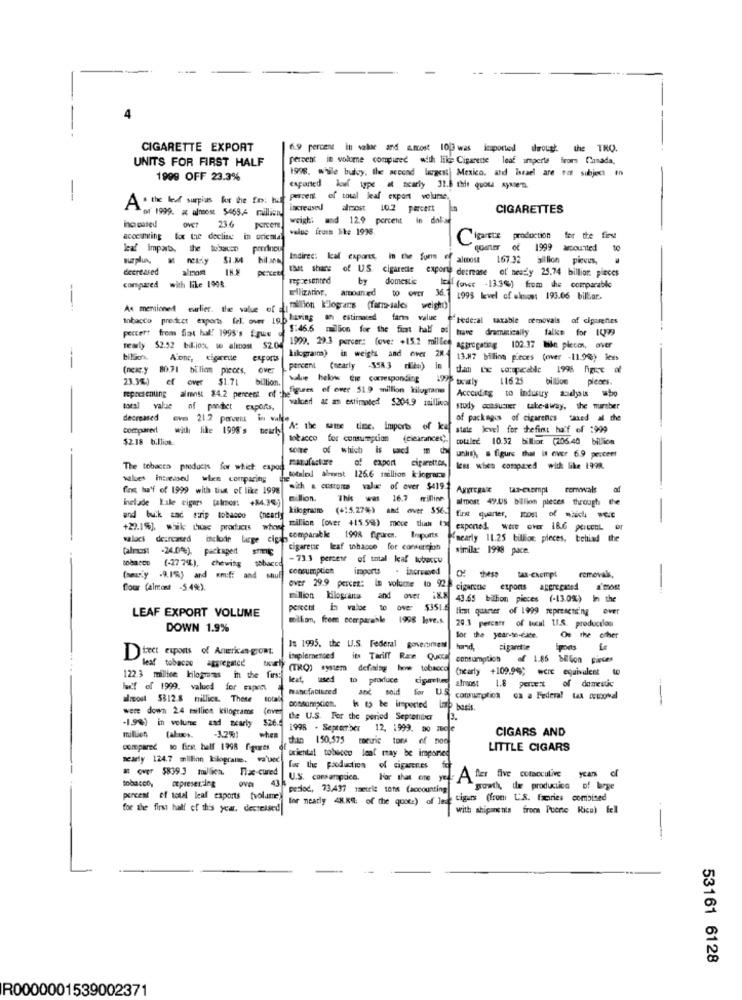
CIGARETTE EXPORT
6.9 percent in valor and amost 10[3 was imported drough. the TRO.
UNITS FOR FIRST HALF
percent in volume compared with like Cigarette leaf umperte from Canada,
1996. while bulvy, the second largest Mexico, and Israel are tat subject to
1999 OFF 23.3%
exported louf type at ncarly 32.6 thit quota nyNe'Ta.
A * the / surplus fy the fo: hu
percent of total leaf export volume,
of 1999. ax almost 5463.4 million
increased almost 10.2 percent
CIGARETTES
ho cased
weigh: and 12.9 percent in dolae
Over
236
percem.
value fruss like 1998.
acceitting fox the decling in oricala
Cigarets production for the first
Cigarete
for the first
leaf imparb, the tobacco prodinou
prodneu
quarter of 1999 amcounted
bil ing
Indirec: kcal exports, in the form of almost
167.32 billion picvus,
decreased
that share of US cigarette exporte decrease of neatly 25.74 billion pieces
represented
by
domestic
compared with like 1908.
ellizaring.
Ical (over -13.3%) from the comparable
36.7 1995 level of wknos: 193.66 billar.
----
As mentioned earlier. the value of - maillion E-logrars (farm-sales weight)
milion k'logrars (farm-sales
tobacco product exports fel. over 19.6 having
e estiranted farm value ofFederal taxable cemovals of cigarettes
percert frem flat hal! 1995's E.que
$:46.6 million for the first half mi
trave
dramatically
falke for 1499
realy
$2.52 bilionu, wo almost $200 1999. 29.3 percer: love: +15.2 millice astrogating 102.37 Bin plecos, over
Alone, cigarette exports
kilogram) in weight and over 28- 13.87 billion pieces (over -11.9%;) less
---
(next y 80.71 billion pieces, over
percent (nearly $58 3 dieu)
in
than the co:operable 1996 figure of
ef over $1.71
billion.
value below the corresponding
199 weily
116.25
billion pieces.
represenung almost 84.2 percent of che guen of ever 51.9 million kilograms
valoer at an estimated $204.9 maillive
According to Industry sodass who
total value of predict exports,
study consusier take-away, the wureber
decreased
of packages of cigarencs "axed al the
compared!
with like 1998's beurty
At the same time. imports of kaf
state level for chefimt half of :999
$2.18 b.lliok.
tobacco for consumption
(clearancec).
totale 10.52 billior. (206.40 billion
some of which is wd -
unlink, . figurs that is over 6.9 percent
The tobacco products for which: expod manufacture
of export cigarettes,
values inteused when comparing
totaleod alent 126.6 million k-lograr.w
fest ha'f of 1999 with tius of like 1998
sih & customs value of over $4192
Aggregax
us-exempt remiwals
of
inelade Lale cigars (almos: +84.34)
million. This was 16.7 milline
almost 49.05 billion pieces through the
kilogram (+15.27%) and over $56
and buik zad strip tobacco nearly
+22.1%), wik tac products whos
1 million (over +15.59) mece thai (3 expensed. were over 18.6 percent er
es deurcased include large cig comparable 1998 figuren. Insports
nearly 11.25 billion pieces, behind the
(almost -24.00%), packaged sommig
cigarene leaf thacce for consunion
similar 1998 pace.
(-27 7%), chewing tobacco
-73.3 percent of total keaf tubercu
consumption
imports . increased
(amely .9.I'm) and an:f: and snuf
removals,
flour (almost -5.4%).
over 29.9 percet: In volume to 928 c
cigarene
espons aggregated
million bilognuts and over i&> 43.65 billion pieces (-13.0%) In the
n kilograuns
percent inn valoe to over $351.5||
first quarter of 1999 represent'ng over
LEAF EXPORT VOLUME
million, frem comparable 1998 lave.s.
29.3 percent of local 11.8. production
DOWN 1.9%
for the year-to-date.
On the other
Dtest exports of American-grom.
Is 1995. the U.S. Federal govediment
cigarette
leaf tobacco aggregated
implemented
its Tariff Ran Queci consumption of 1.85 bESon pieces
(TRQ) system defining how tobacco
(nearly +109.9%) were equivalent
122.3 millise kilograms in the firs:
leaf, used to produce
of domestic
wf of 1999. valued for cupen
manufactured
and sold for U.S.
atroost
1.8 percent
almost 5312.8 millice. These
consumption ca a Federal tax prtooval
--
were down 24 million kilograms
(eve
consumption.
h 6 be imported
-1.9%) in volume and scarly
526
the U.S. For the period September
1998 . September 12, 1999. no zucle
CIGARS AND
million (al mes. - 3.2%)
millien
-1.2%1
when
than 150,575 toruric tors of non
compared to first half 1998 figures
"oriental tobacco leaf may be imported
LITTLE CIGARS
nearly 124.7 million kilograne. va'ved
Tla cured
for the production of cigarettes
ova
43
U.S. comparaprice.
A for five cotacculive
ycans
tobacco, cepreser .- ing
tobacco,
period, 73,437 metric tons (accounting
growth, the production of large
percent of total leaf exports [volume)
for neatly 4H.R .: of the quote) of led
cigars (fromi U'S. facries combined
for the first half of this year, decreised
with shipans his from Puerto Rico) fell
-
53161 6128
R0000001539002371